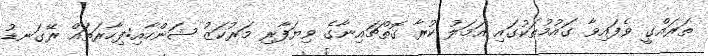
ތަރައްގީ ވެފައިވާ ގައުމުތަކުގައި އަމަލު ކުރާ ގޮތްޗައިނާގެ ވިޔަފާރި މަރުކަޒު ޝަންހާއި:ފިހާރަތައް ރޭގަނޑު